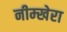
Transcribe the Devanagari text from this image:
नीम्खेरा